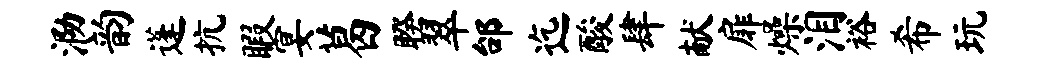
泐韵蓬抗暇宴葛睽翠邰迄酸肆献扉燥泪裕希玩